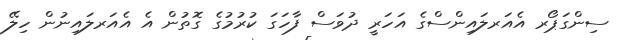
ސިންގަޕޯރ އެއަރލައިންސްގެ އަހަރީ ދުވަސް ފާހަގަ ކުރުމުގެ ގޮތުން އެ އެއަރލައިނުން ހިލޭ